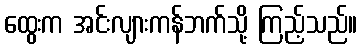
ထွေးက အင်းလျားကန်ဘက်သို့ ကြည့်သည်။